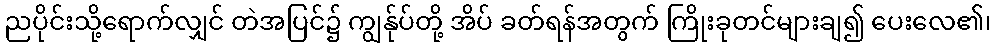
ညပိုင်းသို့ရောက်လျှင် တဲအပြင်၌ ကျွန်ုပ်တို့ အိပ် ခတ်ရန်အတွက် ကြိုးခုတင်များချ၍ ပေးလေ၏၊